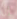
إن